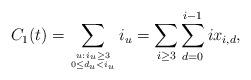
LaTeX: \begin{align*}C_1(t) = \sum_{u:\,i_u \geq 3 \atop {0 \leq d_u < i_u}} i_u = \sum_{i \geq 3} \sum_{d =0}^{i-1} ix_{i,d},\end{align*}